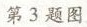
第3题图